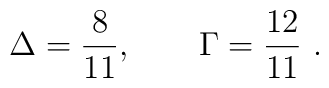
\Delta=\frac{8}{11}, \qquad \Gamma=\frac{12}{11} \ .